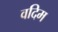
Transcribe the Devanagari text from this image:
वदिम